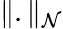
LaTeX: \| .\| _{\mathcal{N}}